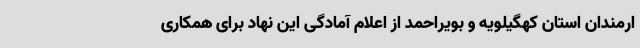
ارمندان استان کهگیلویه و بویراحمد از اعلام آمادگی این نهاد برای همکاری